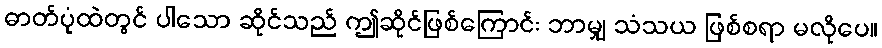
ဓာတ်ပုံထဲတွင် ပါသော ဆိုင်သည် ဤဆိုင်ဖြစ်ကြောင်း ဘာမျှ သံသယ ဖြစ်စရာ မလိုပေ။